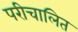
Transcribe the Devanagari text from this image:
परीचालित